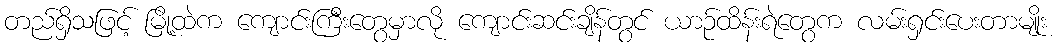
တည်ရှိသဖြင့် မြို့ထဲက ကျောင်းကြီးတွေမှာလို ကျောင်းဆင်းချိန်တွင် ယာဉ်ထိန်းရဲတွေက လမ်းရှင်းပေးတာမျိုး